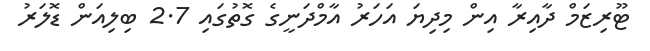
ޓޫރިޒަމް ދާއިރާ އިން މިދިޔަ އަހަރު އާމްދަނީގެ ގޮތުގައި 2.7 ބިލިއަން ޑޮލަރު